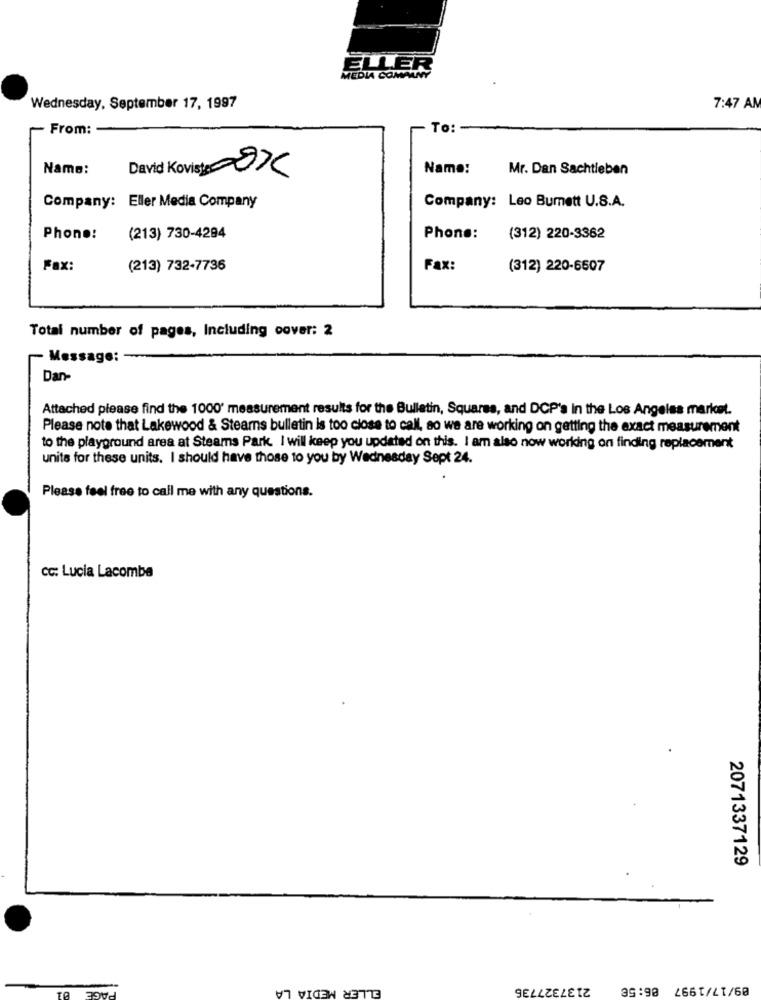
ELLER
MEDIA COMAL
Wednesday, September 17, 1997
7:47 AM
From:
To:
Name:
Name:
Mr. Dan Sachtleben
David Kovisteg7
Company: Eller Media Company
Company: Leo Burnett U.S.A.
Phone:
(213) 730-4294
Phone:
(312) 220-3382
Fax:
(213) 732-7736
Fax:
(312) 220-6507
Total number of pages, Including cover: 2
Message:
Dan-
Attached please find the 1000' measurement results for the Bulletin, Squares, and DCP's In the Los Angeles maricet.
Please note that Lakewood & Stearns bulletin is too close to call, so we are working on getting the exact measurement
to the playground area at Steams Park. I will keep you updated on this. I am also now working on finding replacement
units for these units. I should have those to you by Wednesday Sept 24.
Please feel free to call me with any questions.
cc: Lucia Lacombe
2071337129
ELLER MEDIA LA
21 37327736